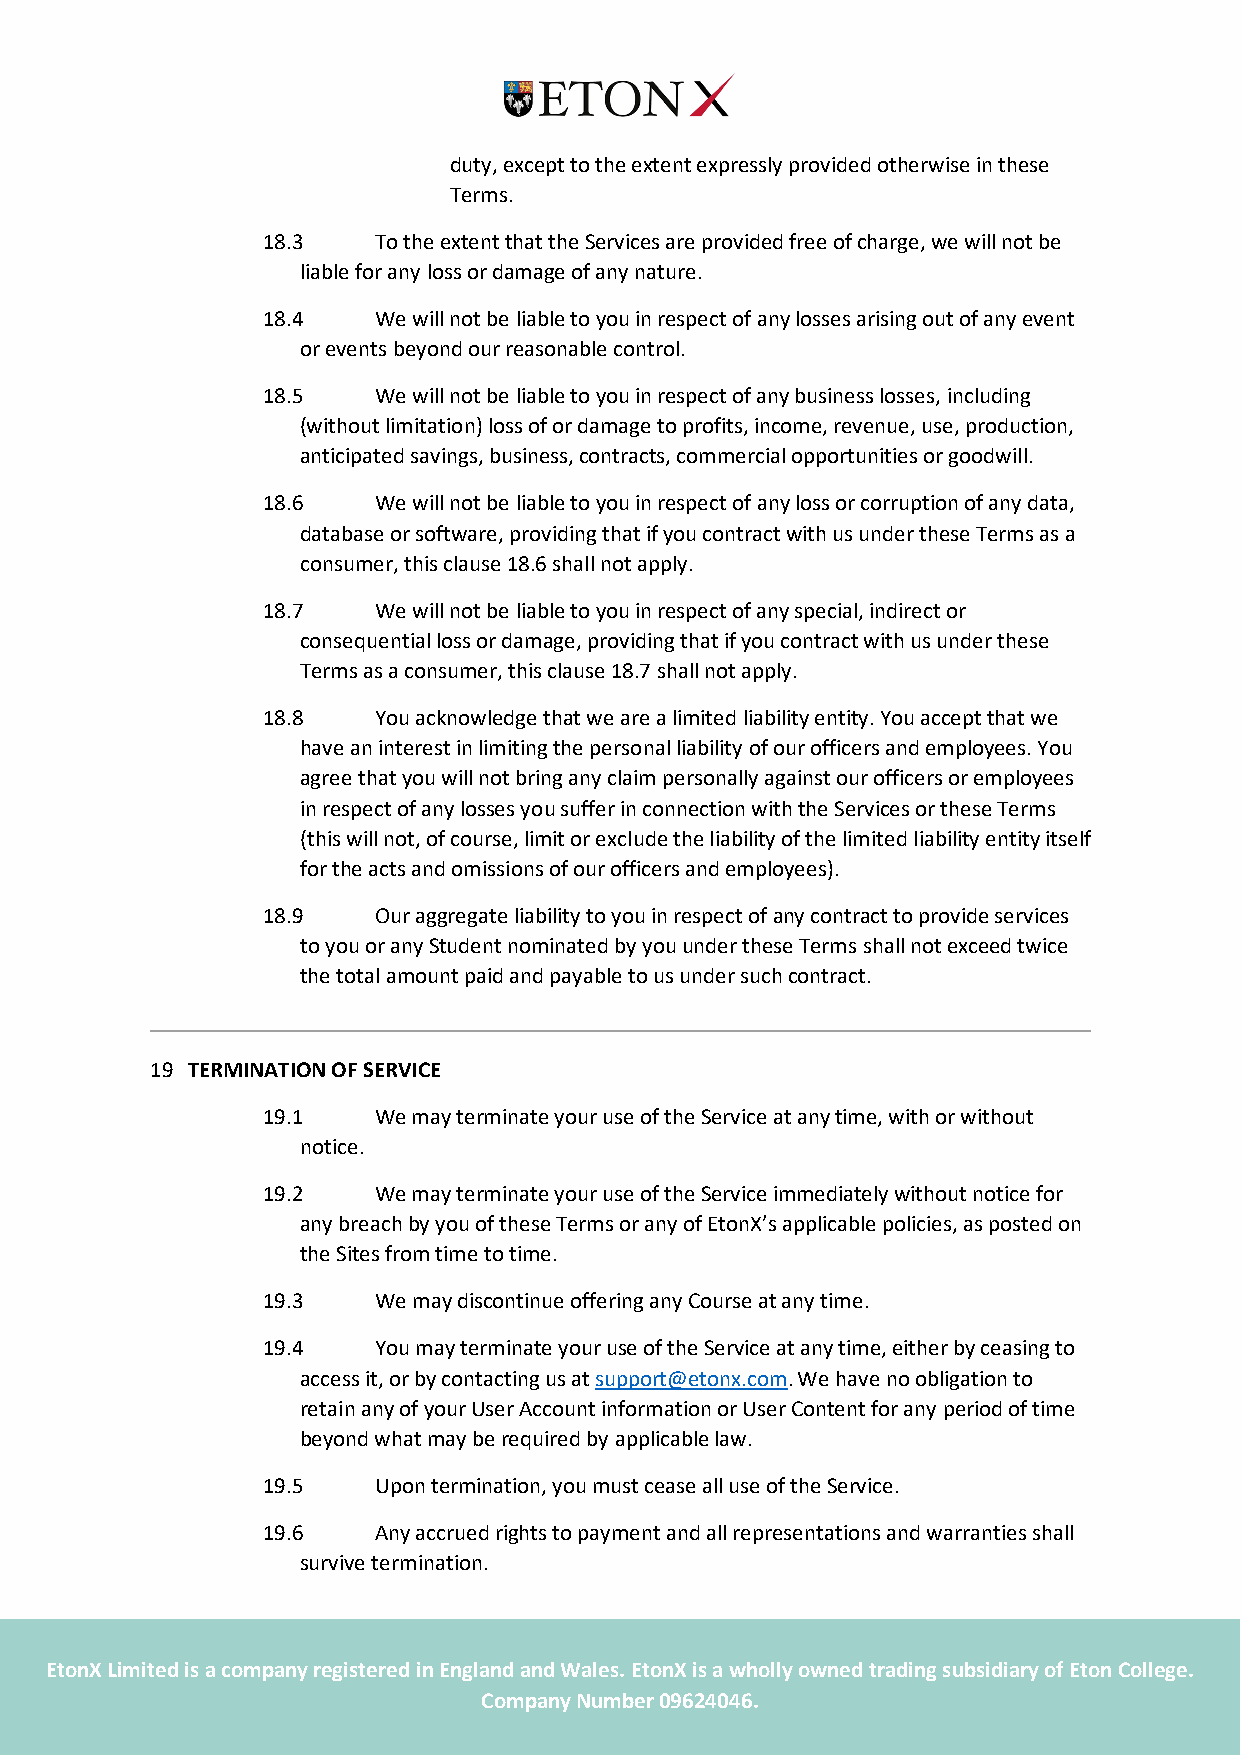
duty, except to the extent expressly provided otherwise in these
 Terms.
 18.3    To the extent that the Services are provided free of charge, we will not be
 liable for any loss or damage of any nature.
 18.4    We will not be liable to you in respect of any losses arising out of any event
 or events beyond our reasonable control.
 18.5    We will not be liable to you in respect of any business losses, including
 (without limitation) loss of or damage to profits, income, revenue, use, production,
 anticipated savings, business, contracts, commercial opportunities or goodwill.
 18.6    We will not be liable to you in respect of any loss or corruption of any data,
 database or software, providing that if you contract with us under these Terms as a
 consumer, this clause 18.6 shall not apply.
 18.7    We will not be liable to you in respect of any special, indirect or
 consequential loss or damage, providing that if you contract with us under these
 Terms as a consumer, this clause 18.7 shall not apply.
 18.8    You acknowledge that we are a limited liability entity. You accept that we
 have an interest in limiting the personal liability of our officers and employees. You
 agree that you will not bring any claim personally against our officers or employees
 in respect of any losses you suffer in connection with the Services or these Terms
 (this will not, of course, limit or exclude the liability of the limited liability entity itself
 for the acts and omissions of our officers and employees).
 18.9    Our aggregate liability to you in respect of any contract to provide services
 to you or any Student nominated by you under these Terms shall not exceed twice
 the total amount paid and payable to us under such contract.
 19 TERMINATION OF SERVICE
 19.1    We may terminate your use of the Service at any time, with or without
 notice.
 19.2    We may terminate your use of the Service immediately without notice for
 any breach by you of these Terms or any of EtonX’s applicable policies, as posted on
 the Sites from time to time.
 19.3    We may discontinue offering any Course at any time.
 19.4    You may terminate your use of the Service at any time, either by ceasing to
 access it, or by contacting us at support@etonx.com. We have no obligation to
 retain any of your User Account information or User Content for any period of time
 beyond what may be required by applicable law.
 19.5    Upon termination, you must cease all use of the Service.
 19.6    Any accrued rights to payment and all representations and warranties shall
 survive termination.
 EtonX Limit ed is a company registered in England and Wales. EtonX is a wholly owned trading subsidiary of Eton College.
 Company Number 09624046.